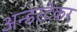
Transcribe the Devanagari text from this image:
अन्डरटेकर